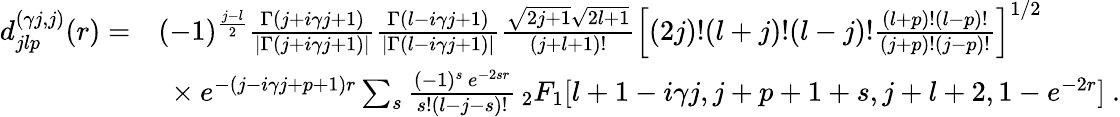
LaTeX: \begin{array}{rl}{d_{jlp}^{(\gamma j,j)}(r)=}&{(-1)^{\frac{j-l}{2}}\frac{\Gamma\left(j+i\gamma j+1\right)}{\left|\Gamma\left(j+i\gamma j+1\right)\right|}\frac{\Gamma\left(l-i\gamma j+1\right)}{\left|\Gamma\left(l-i\gamma j+1\right)\right|}\frac{\sqrt{2j+1}\sqrt{2l+1}}{(j+l+1)!}\left[(2j)!(l+j)!(l-j)!\frac{(l+p)!(l-p)!}{(j+p)!(j-p)!}\right]^{1/2}}\\ &{\ \times e^{-(j-i\gamma j+p+1)r}\sum_{s}\frac{(-1)^{s}\, e^{-2sr}}{s!(l-j-s)!}\, _{2}F_{1}[l+1-i\gamma j,j+p+1+s,j+l+2,1-e^{-2r}]\ .}\end{array}